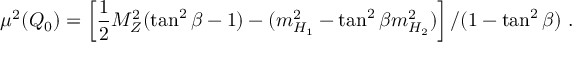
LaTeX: \mu ^ { 2 } ( Q _ { 0 } ) = \left[ \frac { 1 } { 2 } M _ { Z } ^ { 2 } ( \tan ^ { 2 } \beta - 1 ) - ( m _ { H _ { 1 } } ^ { 2 } - \tan ^ { 2 } \beta m _ { H _ { 2 } } ^ { 2 } ) \right] / ( 1 - \tan ^ { 2 } \beta ) ~ .